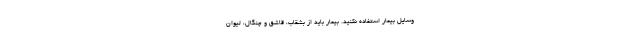
وسایل بیمار استفاده نکنید. بیمار باید از بشقاب، قاشق و چنگال، لیوان